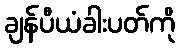
ချန်ပီယံခါးပတ်ကို